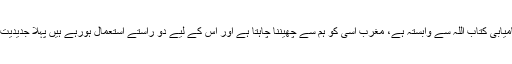
آپ نے اس نکتے پربھرپور زور دیا کہ ہماری عزت، ہمارا رعب، ہماری کامیابی کتاب اللہ سے وابستہ ہے، مغرب اسی کو ہم سے چھیننا چاہتا ہے اور اس کے لیے دو راستے استعمال ہورہے ہیں پہلا جدیدیت اور ماڈرن ازم کا راستہ ہےجس میں ہر چیز میں اپنی تقلید کروانا چاہتے ہیں۔